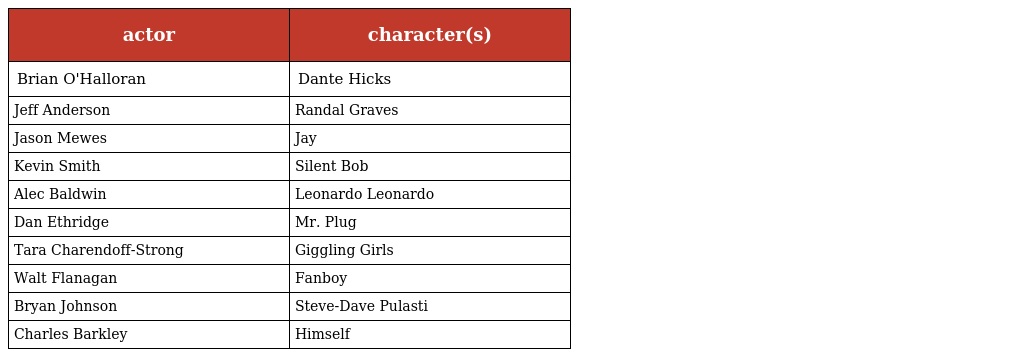
| actor | character(s) |
 | --- | --- |
 | Brian O'Halloran | Dante Hicks |
 | Jeff Anderson | Randal Graves |
 | Jason Mewes | Jay |
 | Kevin Smith | Silent Bob |
 | Alec Baldwin | Leonardo Leonardo |
 | Dan Ethridge | Mr. Plug |
 | Tara Charendoff-Strong | Giggling Girls |
 | Walt Flanagan | Fanboy |
 | Bryan Johnson | Steve-Dave Pulasti |
 | Charles Barkley | Himself |